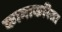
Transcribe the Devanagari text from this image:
कामाकरिता